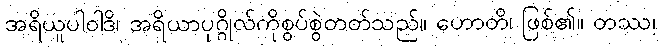
အရိယူပါဝါဒိ၊ အရိယာပုဂ္ဂိုလ်ကိုစွပ်စွဲတတ်သည်။ ဟောတိ၊ ဖြစ်၏။ တဿ၊